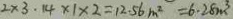
2 \times 3 . 1 4 \times 1 \times 2 = 1 2 . 5 6 m ^ { 2 } = 6 . 2 8 m ^ { 3 }